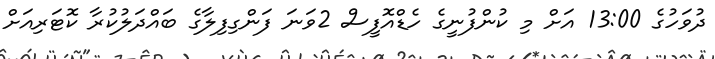
ދުވަހުގެ 13:00 އަށް މި ކުންފުނީގެ ހެޑްއޮފީސް 2ވަނަ ފަންގިފިލާގެ ބައްދަލުކުރާ ކޮޓަރިއަށް